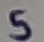
Text: S